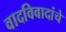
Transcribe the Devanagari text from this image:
वादविवादांचे